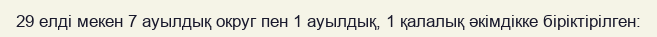
29 елді мекен 7 ауылдық округ пен 1 ауылдық, 1 қалалық әкімдікке біріктірілген: